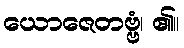
ယောဇေတဗ္ဗံ၊ ၏။